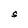
Character: S